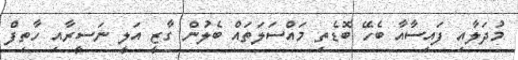
މުދަލާއި ފައިސާއާ ބެހޭ ބޮޑެތި މައްސަލަތައް ބެލުން ގާޒީ އަލީ ނަސީރާއި ހާތިފް